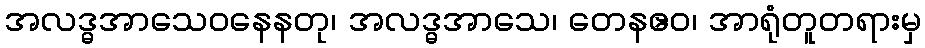
အလဒ္ဓအာသေဝနေနတု၊ အလဒ္ဓအာသေ၊ တေနဧဝ၊ အာရုံတူတရားမှ